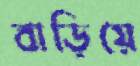
বাড়িয়ে